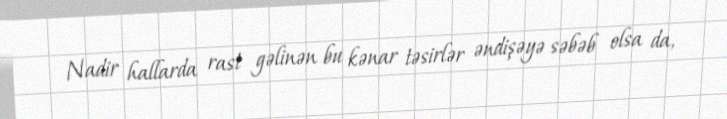
Nadir hallarda rast gəlinən bu kənar təsirlər əndişəyə səbəb olsa da,